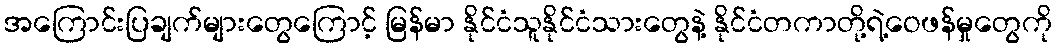
အကြောင်းပြချက်များတွေကြောင့် မြန်မာ နိုင်ငံသူနိုင်ငံသားတွေနဲ့ နိုင်ငံတကာတို့ရဲ့ဝေဖန်မှုတွေကို